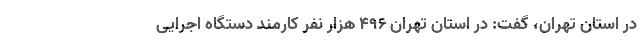
در استان تهران، گفت: در استان تهران ۴۹۶ هزار نفر کارمند دستگاه اجرایی